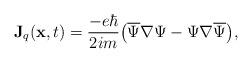
LaTeX: \begin{align*}{\displaystyle \mathbf{J}_q(\mathbf{x},t)=\frac{-e\hbar}{2im}\big(\overline{\Psi}\nabla\Psi-\Psi\nabla\overline{\Psi}\big)},\end{align*}